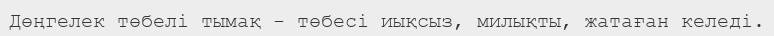
Дөңгелек төбелі тымақ - төбесі иықсыз, милықты, жатаған келеді.